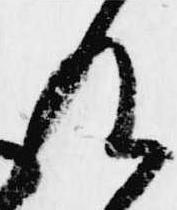
及